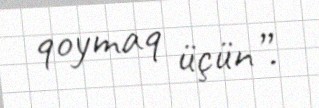
qoymaq üçün”.